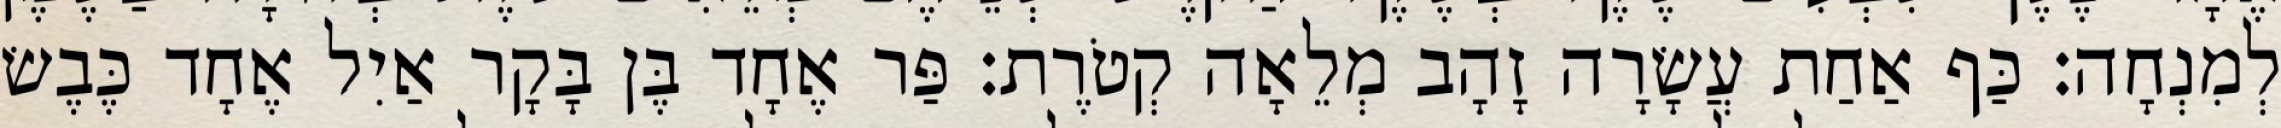
לְמִנְחָה׃ כַּף אַחַת עֲשָׂרָה זָהָב מְלֵאָה קְטֹרֶת׃ פַּר אֶחָד בֶּן בָּקָר אַיִל אֶחָד כֶּבֶשׂ